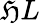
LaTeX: \mathfrak{H}L